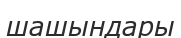
шашындары